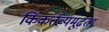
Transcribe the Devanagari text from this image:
किंकर्तव्यमूढ़ता